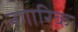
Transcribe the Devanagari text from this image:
नगारिक